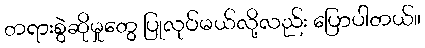
တရားစွဲဆိုမှုတွေ ပြုလုပ်မယ်လို့လည်း ပြောပါတယ်။